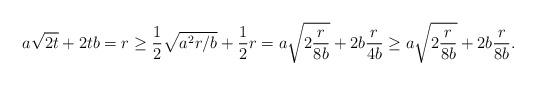
LaTeX: \begin{align*}a\sqrt{2t} + 2t b = r \geq \frac12 \sqrt{a^2r/b} + \frac12 r = a\sqrt{2 \frac{r}{8b}} + 2b \frac{r}{4b}\geq a\sqrt{2 \frac{r}{8b}} + 2b \frac{r}{8b}. \end{align*}